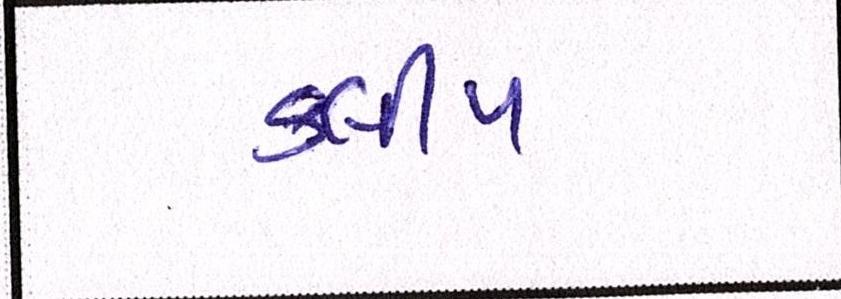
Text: કલીપ